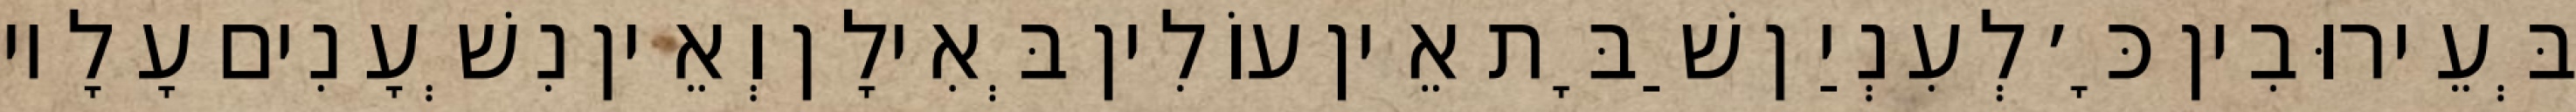
בְּעֵירוּבִין כָּ׳ לְעִנְיַן שַׁבָּת אֵין עוֹלִין בְּאִילָן וְאֵין נִשְׁעָנִים עָלָיו